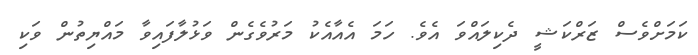
ކަމަށްވެސް ޒަރްކަޝީ ދެކިލައްވަ އެވެ. ހަމަ އެއާއެކު މަރުވެގެން ވަޅުލާފައިވާ މައްޔިތުން ވަކި